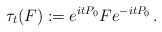
LaTeX: \begin{align*}\tau_t(F):=e^{itP_0}Fe^{-itP_0}\,.\end{align*}